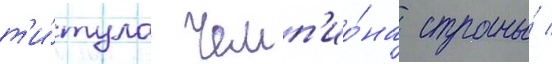
т'и́тула чемп'ио́на страны́ /